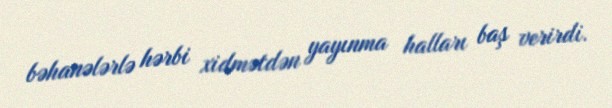
bəhanələrlə hərbi xidmətdən yayınma halları baş verirdi.